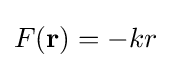
F(\mathbf {r} )=-kr